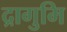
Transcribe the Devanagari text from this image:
द्रागुमि